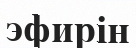
эфирін